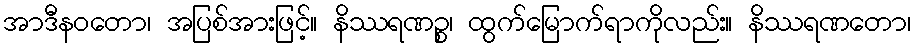
အာဒီနဝတော၊ အပြစ်အားဖြင့်။ နိဿရဏဉ္စ၊ ထွက်မြောက်ရာကိုလည်း။ နိဿရဏတော၊